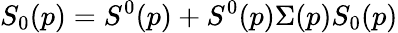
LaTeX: S_{0}(p)=S^{0}(p)+S^{0}(p)\Sigma(p)S_{0}(p)